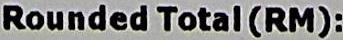
ROUNDED TOTAL (RM):